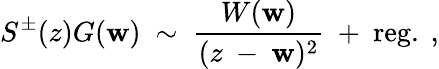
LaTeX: S^{\pm}(z)G(\mathbf{w}){}~\sim{}~{\frac{{W(\mathbf{w})}}{{(z{}~-{}~\mathbf{w})^{2}}}}{}~+{}~\mathrm{{reg}}.{}~,